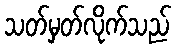
သတ်မှတ်လိုက်သည်